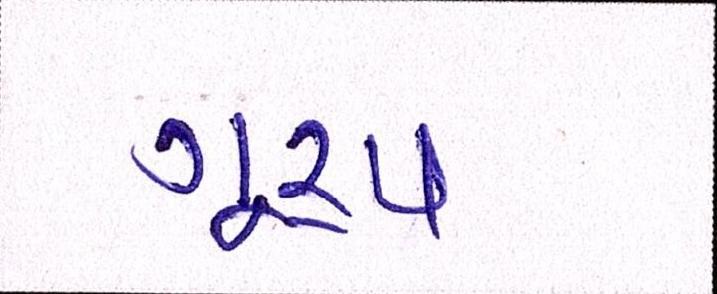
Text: ગૂ્રપ